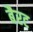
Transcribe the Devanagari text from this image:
बैरट